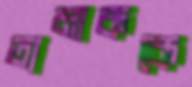
তামাককে